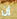
إن